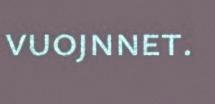
vuojnnet.